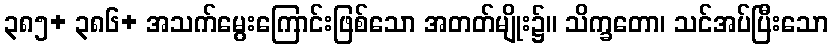
၃၈၅+ ၃၈၆+ အသက်မွေးကြောင်းဖြစ်သော အတတ်မျိုး၌။ သိက္ခတော၊ သင်အပ်ပြီးသော